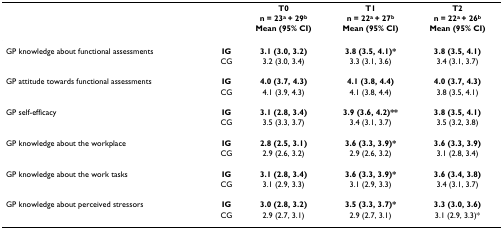
<table><thead><tr><td></td><td></td><td><b>T0</b></td><td><b>T1</b></td><td><b>T2</b></td></tr><tr><td></td><td></td><td><b>n = 23<sup>a </sup>+ 29<sup>b</sup></b></td><td><b>n = 22<sup>a </sup>+ 27<sup>b</sup></b></td><td><b>n = 22<sup>a </sup>+ 26<sup>b</sup></b></td></tr><tr><td></td><td></td><td><b>Mean (95% CI)</b></td><td><b>Mean (95% CI)</b></td><td><b>Mean (95% CI)</b></td></tr></thead><tbody><tr><td>GP knowledge about functional assessments</td><td><b>IG</b></td><td><b>3.1 (3.0, 3.2)</b></td><td><b>3.8 (3.5, 4.1)*</b></td><td><b>3.8 (3.5, 4.1)</b></td></tr><tr><td></td><td>CG</td><td>3.2 (3.0, 3.4)</td><td>3.3 (3.1, 3.6)</td><td>3.4 (3.1, 3.7)</td></tr><tr><td>GP attitude towards functional assessments</td><td><b>IG</b></td><td><b>4.0 (3.7, 4.3)</b></td><td><b>4.1 (3.8, 4.4)</b></td><td><b>4.0 (3.7, 4.3)</b></td></tr><tr><td></td><td>CG</td><td>4.1 (3.9, 4.3)</td><td>4.1 (3.8, 4.4)</td><td>3.8 (3.5, 4.1)</td></tr><tr><td>GP self-efficacy</td><td><b>IG</b></td><td><b>3.1 (2.8, 3.4)</b></td><td><b>3.9 (3.6, 4.2)**</b></td><td><b>3.8 (3.5, 4.1)</b></td></tr><tr><td></td><td>CG</td><td>3.5 (3.3, 3.7)</td><td>3.4 (3.1, 3.7)</td><td>3.5 (3.2, 3.8)</td></tr><tr><td>GP knowledge about the workplace</td><td><b>IG</b></td><td><b>2.8 (2.5, 3.1)</b></td><td><b>3.6 (3.3, 3.9)*</b></td><td><b>3.6 (3.3, 3.9)</b></td></tr><tr><td></td><td>CG</td><td>2.9 (2.6, 3.2)</td><td>2.9 (2.6, 3.2)</td><td>3.1 (2.8, 3.4)</td></tr><tr><td>GP knowledge about the work tasks</td><td><b>IG</b></td><td><b>3.1 (2.8, 3.4)</b></td><td><b>3.6 (3.3, 3.9)*</b></td><td><b>3.6 (3.4, 3.8)</b></td></tr><tr><td></td><td>CG</td><td>3.1 (2.9, 3.3)</td><td>3.1 (2.9, 3.3)</td><td>3.4 (3.1, 3.7)</td></tr><tr><td>GP knowledge about perceived stressors</td><td><b>IG</b></td><td><b>3.0 (2.8, 3.2)</b></td><td><b>3.5 (3.3, 3.7)*</b></td><td><b>3.3 (3.0, 3.6)</b></td></tr><tr><td></td><td>CG</td><td>2.9 (2.7, 3.1)</td><td>2.9 (2.7, 3.1)</td><td>3.1 (2.9, 3.3)*</td></tr></tbody></table>